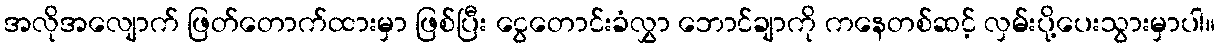
အလိုအလျောက် ဖြတ်တောက်ထားမှာ ဖြစ်ပြီး ငွေတောင်းခံလွှာ ဘောင်ချာကို ကနေတစ်ဆင့် လှမ်းပို့ပေးသွားမှာပါ။